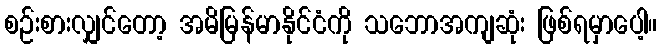
စဉ်းစားလျှင်တော့ အမိမြန်မာနိုင်ငံကို သဘောအကျဆုံး ဖြစ်ရမှာပေါ့။